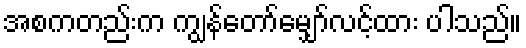
အစကတည်းက ကျွန်တော်မျှော်လင့်ထား ပါသည်။